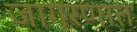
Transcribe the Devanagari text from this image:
जागरणात